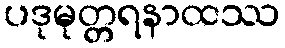
ပဒုမုတ္တရနာထဿ